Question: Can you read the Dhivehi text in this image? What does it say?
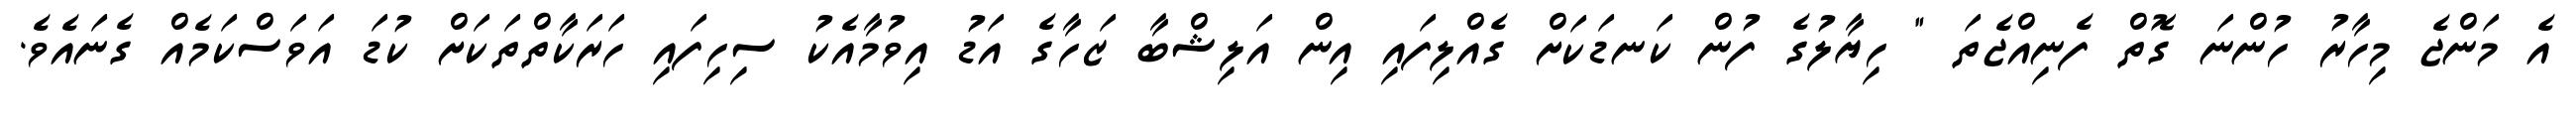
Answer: އެ މަންޖެ މިހާރު ހުންނަ ގޮތް ފެނިއްޖެތަ " ހިޔާލުގެ ފުން ކަނޑަކަށް ގެއްލިފައި އިން އަލިޝްބާ ޒަހާގެ އަޑު އިވުމާއެކު ސިހިފައި ހަރަކާތްތަކަށް ކުޑަ އަވަސްކަމެއް ގެނައެވެ.